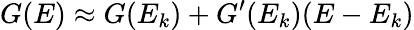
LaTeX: G(E)\approx G(E_{k})+G^{\prime}(E_{k})(E-E_{k})